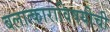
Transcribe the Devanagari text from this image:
बलात्काराविषयीची